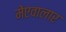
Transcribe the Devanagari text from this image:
मेंएवालार